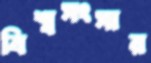
বিশ্বসংসার